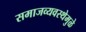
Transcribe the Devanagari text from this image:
समाजव्यवस्थेमुळे